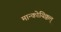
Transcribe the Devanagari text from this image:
मान्कोयिक्कल्